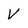
Character: V